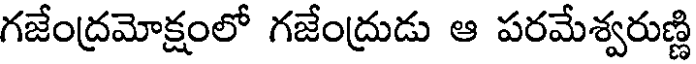
గజేంద్రమోక్షంలో గజేంద్రుడు ఆ పరమేశ్వరుణ్ణి